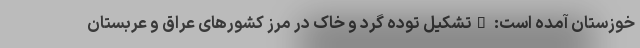
خوزستان آمده است: "تشکیل توده گرد و خاک در مرز کشورهای عراق و عربستان